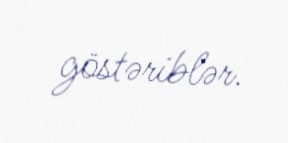
göstəriblər.